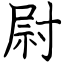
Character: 尉